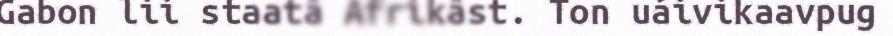
Gabon lii staatâ Afrikâst. Ton uáivikaavpug